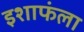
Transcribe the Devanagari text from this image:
इशाफंला